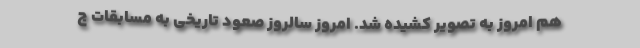
هم امروز به تصویر کشیده شد. امروز سالروز صعود تاریخی به مسابقات ج